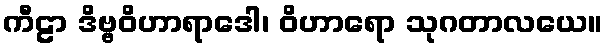
ကီဠာ ဒိဗ္ဗဝိဟာရာဒေါ၊ ဝိဟာရော သုဂတာလယေ။